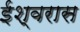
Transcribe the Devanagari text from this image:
ईश्वरास